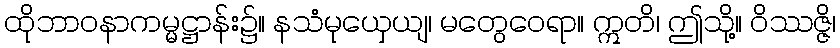
ထိုဘာဝနာကမ္မဋ္ဌာန်း၌။ နသံမုယှေယျ၊ မတွေဝေရာ။ ဣတိ၊ ဤသို့။ ဝိဿဇ္ဇိ၊